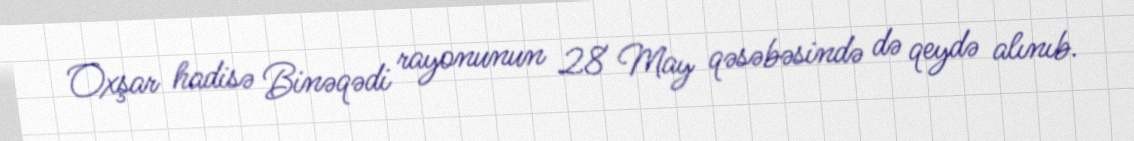
Oxşar hadisə Binəqədi rayonunun 28 May qəsəbəsində də qeydə alınıb.